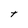
Character: t